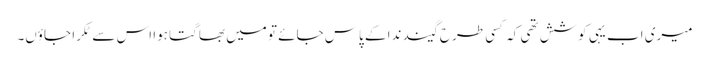
میری اب یہی کوشش تھی کہ کسی طرح گیند ندا کے پاس جائے تو میں بھاگتا ہوا اس سے ٹکرا جاؤں۔